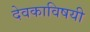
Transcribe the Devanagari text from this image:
देवकाविषयी